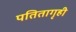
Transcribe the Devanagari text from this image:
पतितागृही